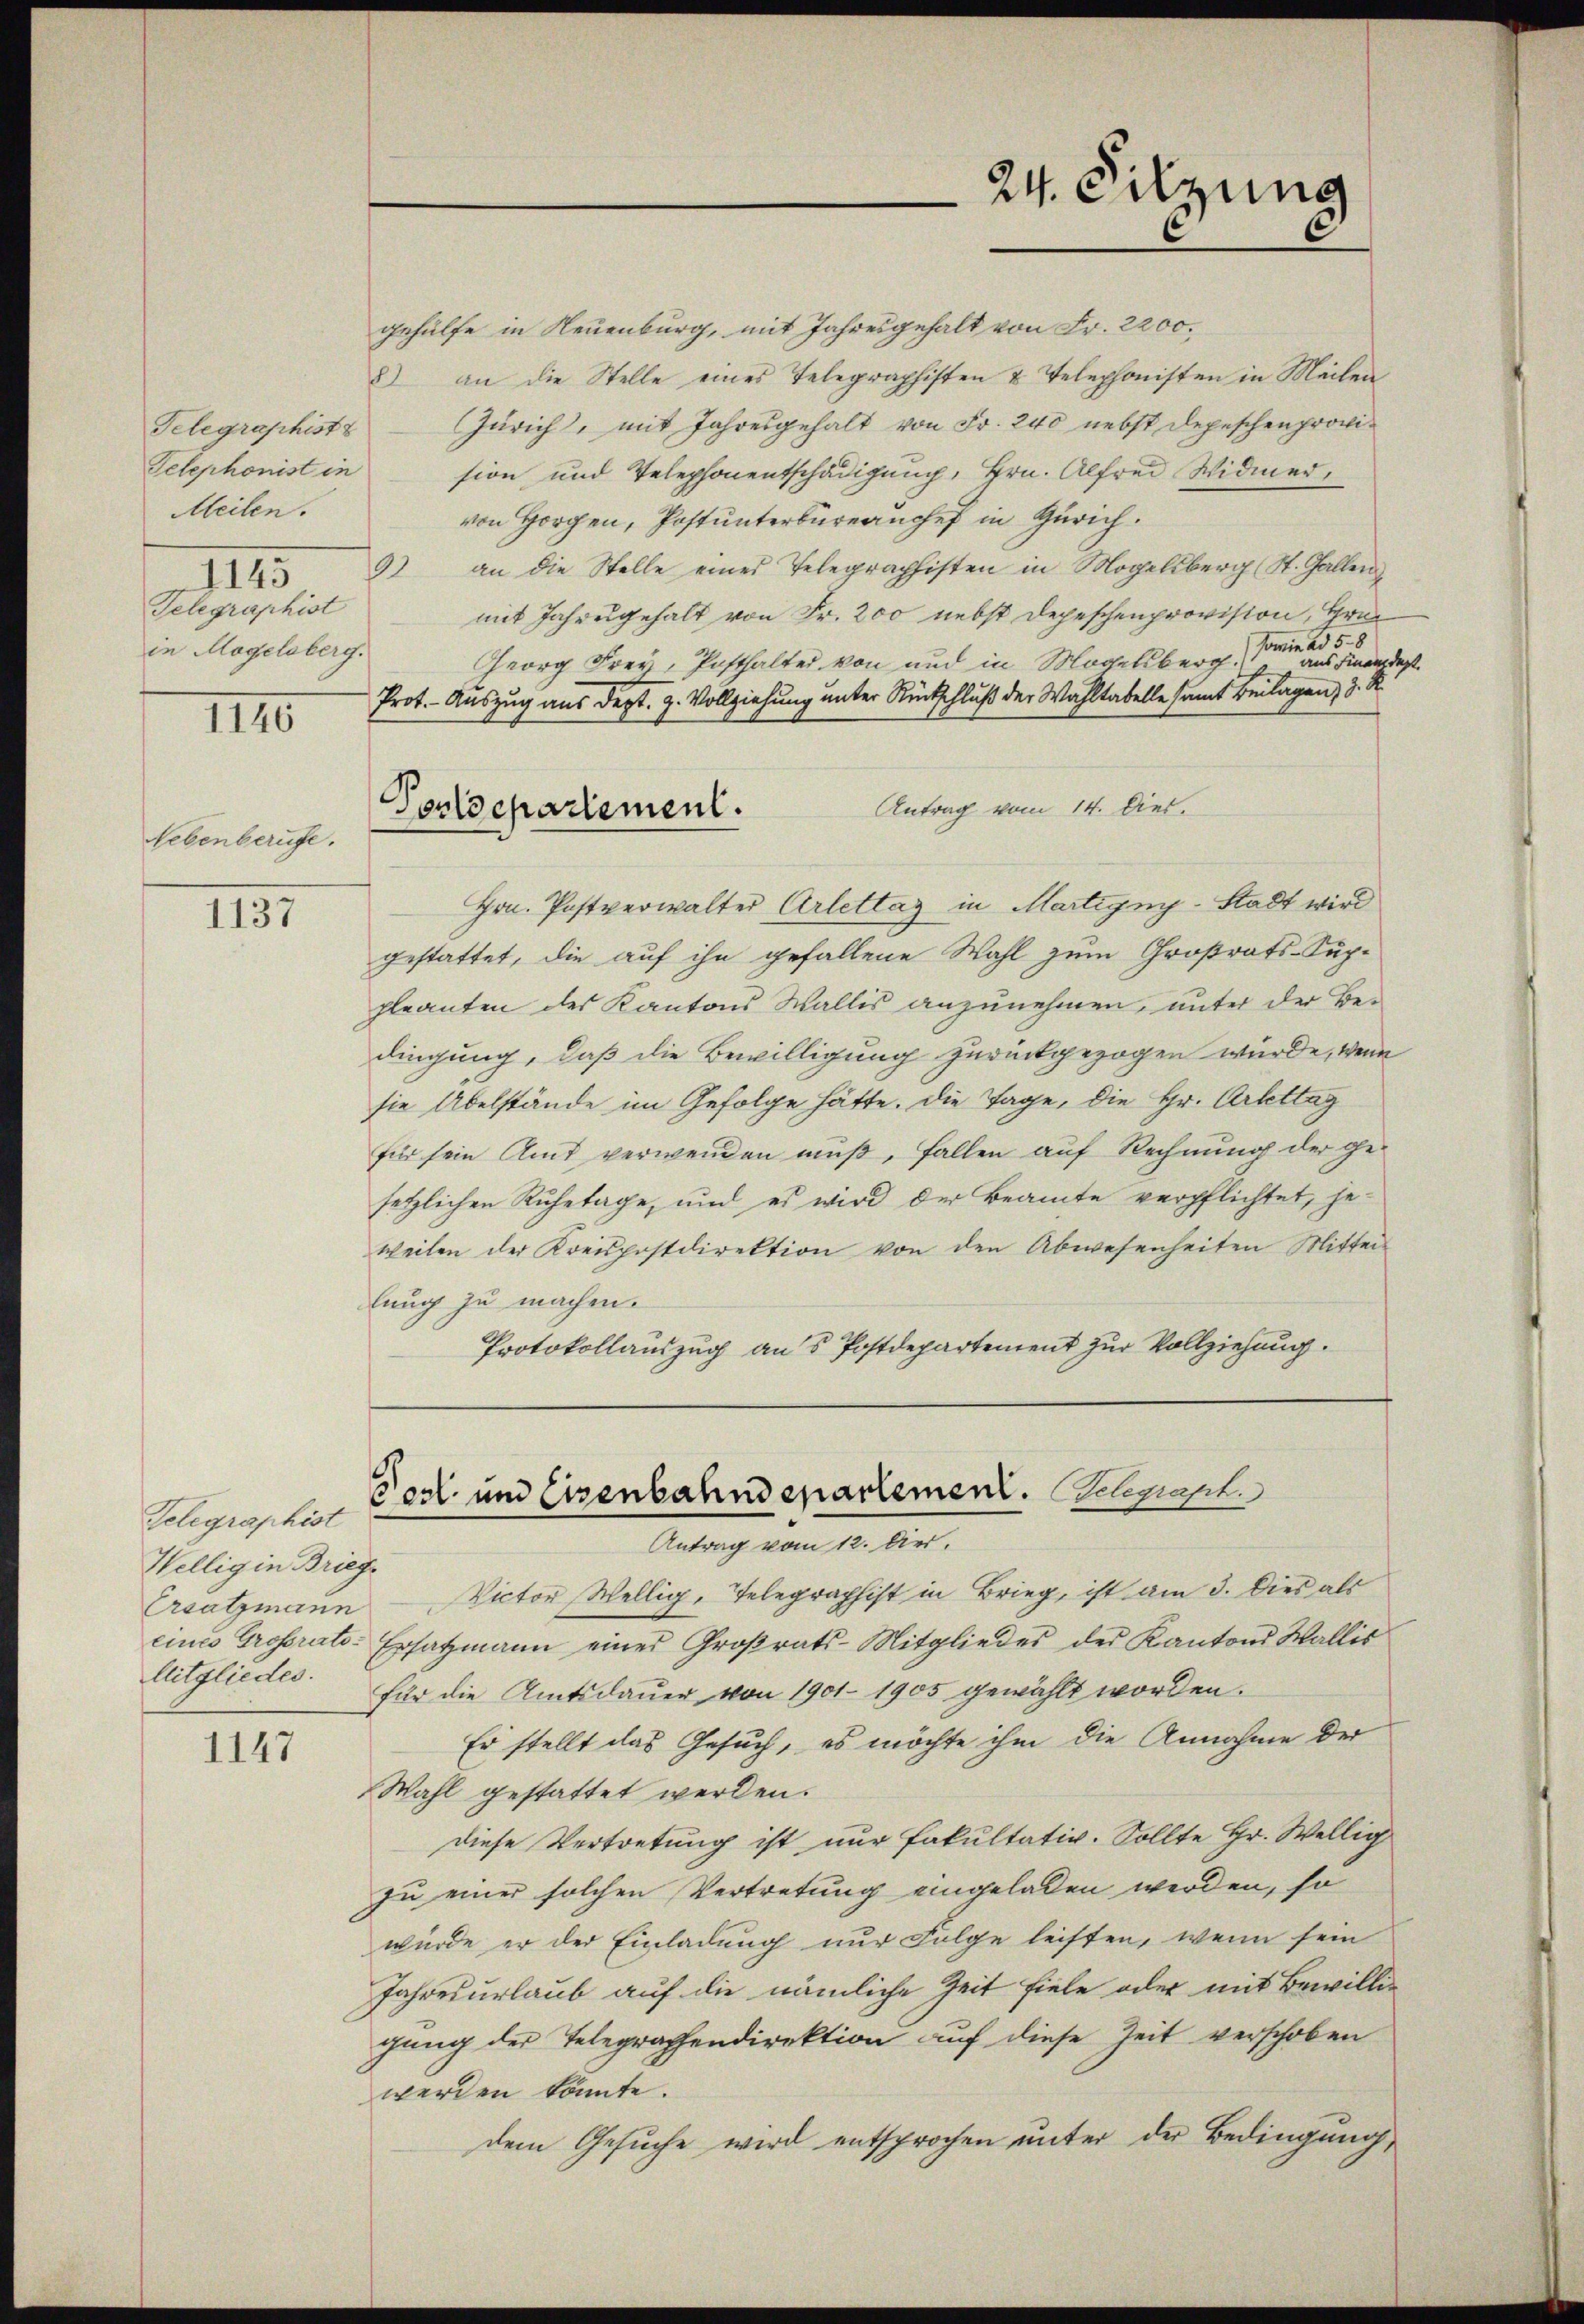
Telegraphist
Telephonist in
Meilen.
1145
Telegraphist
in Mogelsberg.

IIII

Lebenberufe.

IIII

1147

Telegraphist
Wellig in Brieg¬
Ersatzmann
litgliedes.

Postdepartement.

gehülfe in Neuenburg, mit Jahresgehalt von Fr. 2200.
8) an die Stelle eines Telegraphisten & Telephonisten in Meilen
Zürich, mit Jahresgehalt von Fr. 240 nebst Depeschenprovision und Telephonentschädigung, Hrn. Alfrei Widmer,
von Horgen, Postunterbureau chef in Zürich.
9) an die Stelle eines Telegraphisten in Mogelsberg (St. Gallen
mit Jahresgehalt von Fr. 200 nebst Depeschenprovision, Hrn
somie ad 5. 8
Georg Frey, Posthalter von und in Mogelsberg. aus Finanzdes.
Prot. - Auszug aus dept. H. Vollziehung unter Rückschluß der Wahltabelle samt Beilagen, 3. S
Antrag vom 14. Dies.
Hrn. Postverwalter Arlettag in Martigny-Stadt wird
gestattet, die auf ihn gefallene Wahl zum Großrats-Suppleanten des Kantons Wallis anzunehmen, unter der Bedingung, daß die Bewilligung zurückgezogen wurde, wenn
sie Übelstände im Gefolge hätte. Die Tage, die Hr. Arbettag
für sein Amt verwenden muß, fallen auf Rechnung der gesetzlichen Ruhetage, und es wird der Beamte verpflichtet, he-
weilen der Kreispostdirektion von den Abwesenheiten Mittei
lung zu machen.
Protokollauszug aus Postdepartement zur Vollziehung.

24. Sitzung
2

Pogl. und Eisenbahndepartement. Schrapt.
Antrag vom 12. Dier.

Victor Wellig, Telegraphist in Brieg, ist am 3. Dies als
eines Grossrats-Ersatzmann eines Großrats-Mitglieder der Kantons Wallis
für die Amtsdauer von 1901. 1905 gewählt worden.
Er stellt das Gesuch, es möchte ihm die Annahme der
Wahl gestattet werden.
diese Vertretung ist nur Fakultativ. Sollte Hr. Wellig
zu einer solchen Vertretung eingeladen werden, so
würde er der Einladung nur Folge leisten, wenn sein
Jahresurlaub auf die nämliche Zeit fiele oder mit Bewillig
gung der Telegraphendirektion auf diese Zeit verschoben
werden könnte.
dem Gesuche wird entsprochen unter der Bedingung,